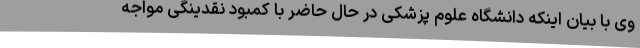
وی با بیان اینکه دانشگاه علوم پزشکی در حال حاضر با کمبود نقدینگی مواجه